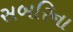
સબરિના